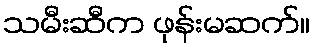
သမီးဆီက ဖုန်းမဆက်။